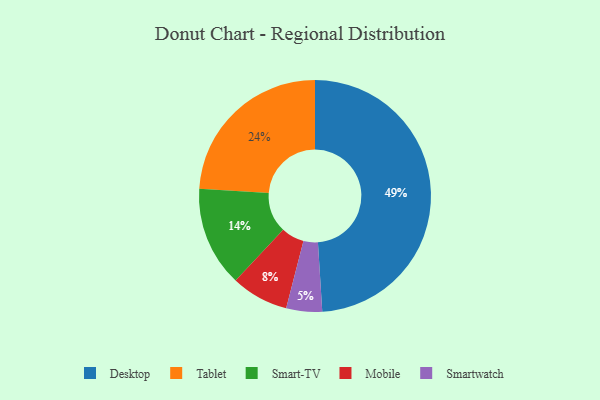
{"axis": {"x": "Category", "y": "Percentage"}, "legend": ["Desktop", "Mobile", "Smart-TV", "Smartwatch", "Tablet"], "data": [{"x": "Smartwatch", "y": 5, "type": "Smartwatch"}, {"x": "Smart-TV", "y": 14, "type": "Smart-TV"}, {"x": "Mobile", "y": 8, "type": "Mobile"}, {"x": "Desktop", "y": 49, "type": "Desktop"}, {"x": "Tablet", "y": 24, "type": "Tablet"}]}